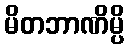
မိတဘာဏိမ္ပိ